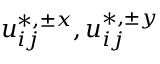
u _ { i j } ^ { \ast , \pm x } , u _ { i j } ^ { \ast , \pm y }